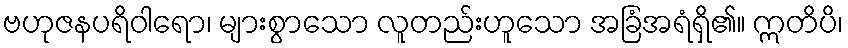
ဗဟုဇနပရိဝါရော၊ များစွာသော လူတည်းဟူသော အခြံအရံရှိ၏။ ဣတိပိ၊